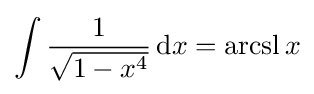
\int {\frac {1}{\sqrt {1-x^{4}}}}\,\mathrm {d} x=\operatorname {arcsl} x